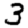
Digit: 3